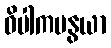
ဝိပါကမနွယာ